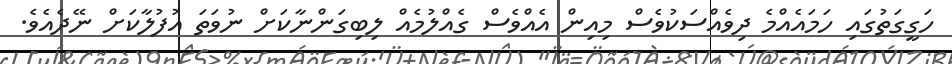
ހަގީގަތުގައި ހަމައެއްމެ ދިވެއްސަކުވެސް މިއިން އެއްވެސް ގެއްލުމެއް ލިބިގަންނާކަށް ނުވަތަ އުފުލާކަށް ނޭދެއެވެ.